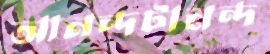
আনন্দটানন্দ